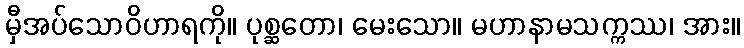
မှီအပ်သောဝိဟာရကို။ ပုစ္ဆတော၊ မေးသော။ မဟာနာမသက္ကဿ၊ အား။